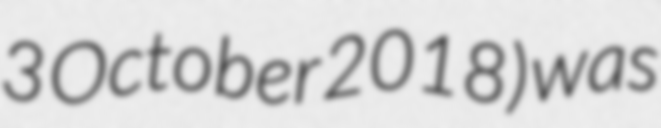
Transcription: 3 October 2018) was